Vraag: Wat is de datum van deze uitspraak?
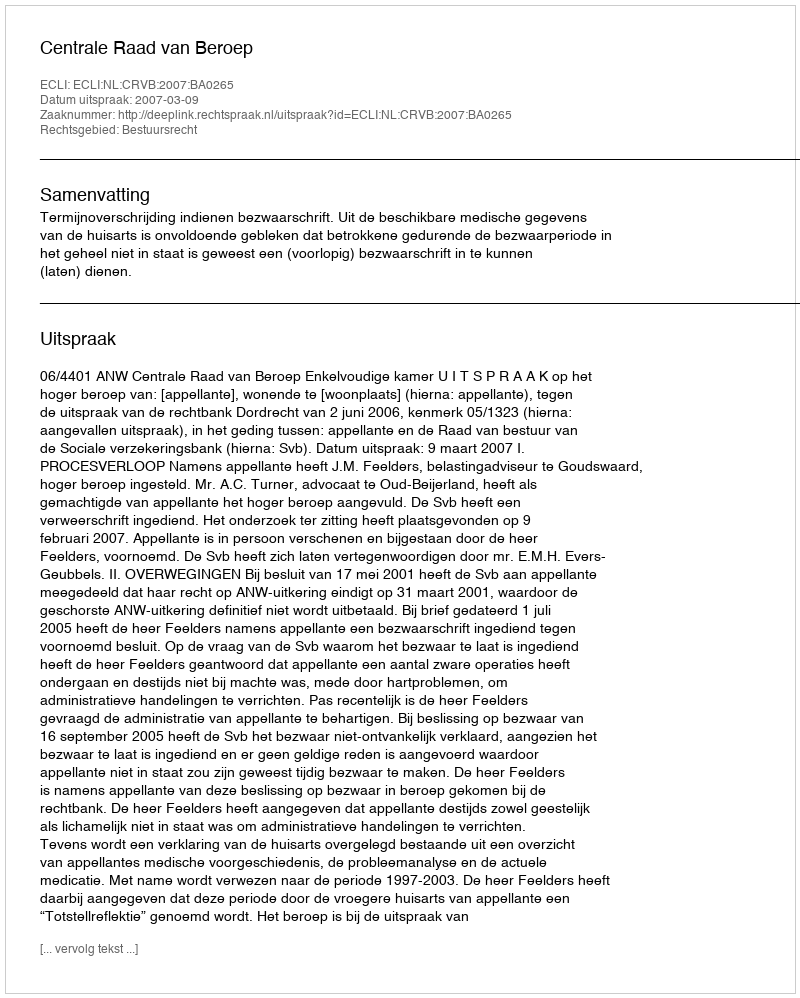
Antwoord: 2007-03-09